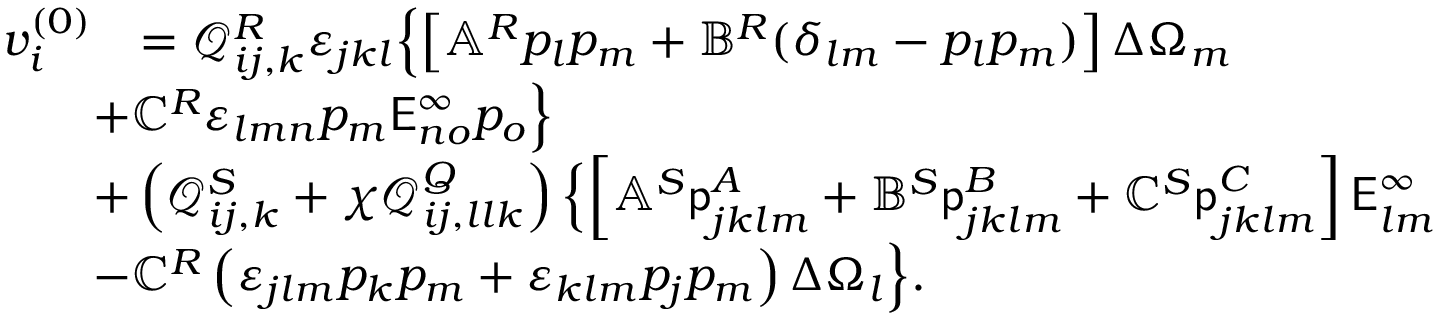
\begin{array} { r l } { v _ { i } ^ { ( 0 ) } } & { = \mathcal { Q } _ { i j , k } ^ { R } \varepsilon _ { j k l } \Bigl \{ \left[ \mathbb { A } ^ { R } p _ { l } p _ { m } + \mathbb { B } ^ { R } ( \delta _ { l m } - p _ { l } p _ { m } ) \right] \Delta \Omega _ { m } } \\ & { \! \! \! \! \! \! + \mathbb { C } ^ { R } \varepsilon _ { l m n } p _ { m } \mathsf { E } _ { n o } ^ { \infty } p _ { o } \Bigr \} } \\ & { \! \! \! \! \! \! + \left( \mathcal { Q } _ { i j , k } ^ { S } + \chi \mathcal { Q } _ { i j , l l k } ^ { Q } \right) \Bigl \{ \left[ \mathbb { A } ^ { S } { \mathsf { p } _ { j k l m } ^ { A } } + \mathbb { B } ^ { S } { \mathsf { p } _ { j k l m } ^ { B } } + \mathbb { C } ^ { S } { \mathsf { p } _ { j k l m } ^ { C } } \right] \mathsf { E } _ { l m } ^ { \infty } } \\ & { \! \! \! \! \! \! - \mathbb { C } ^ { R } \left( \varepsilon _ { j l m } p _ { k } p _ { m } + \varepsilon _ { k l m } p _ { j } p _ { m } \right) \Delta \Omega _ { l } \Bigr \} . } \end{array}